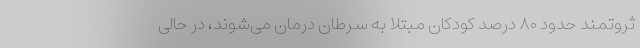
ثروتمند حدود ۸۰ درصد کودکان مبتلا به سرطان درمان می‌شوند، در حالی